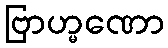
ဗြာဟ္မဏော